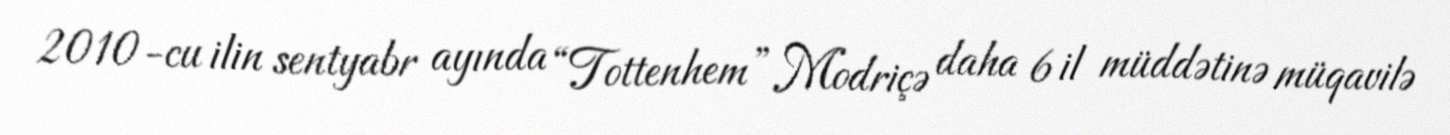
2010-cu ilin sentyabr ayında “Tottenhem” Modriçə daha 6 il müddətinə müqavilə